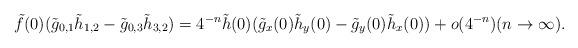
LaTeX: \begin{align*}\tilde{f}(0)(\tilde{g}_{0,1}\tilde{h}_{1,2} - \tilde{g}_{0,3}\tilde{h}_{3,2}) = 4^{-n}\tilde{h}(0)(\tilde{g}_{x}(0)\tilde{h}_{y}(0) - \tilde{g}_{y}(0)\tilde{h}_{x}(0)) + o(4^{-n}) (n \to \infty).\end{align*}